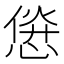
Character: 𱞱